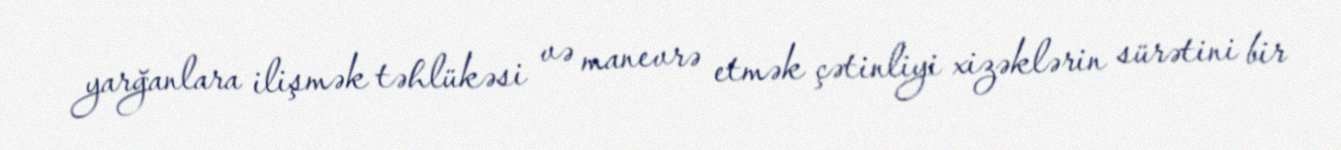
yarğanlara ilişmək təhlükəsi və manevrə etmək çətinliyi xizəklərin sürətini bir